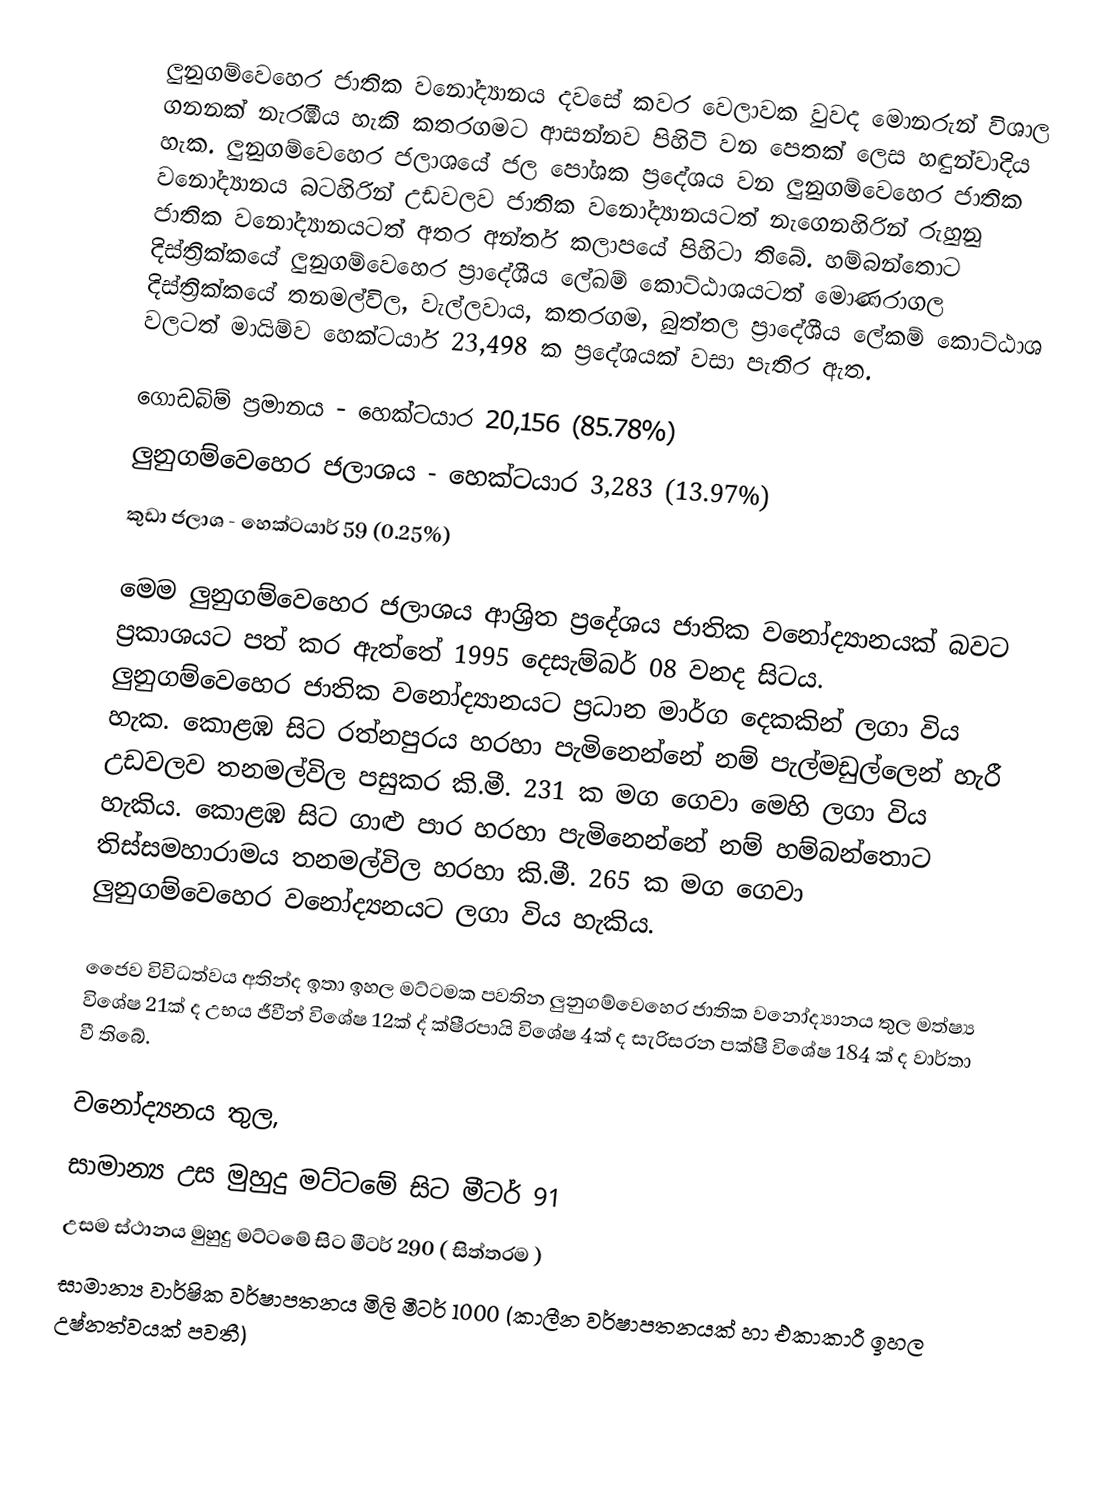
ලුනුගම්වෙහෙර ජාතික වනෝද්‍යානය දවසේ කවර වෙලාවක වුවද මොනරුන් විශාල ගනනක් නැරඹිය හැකි කතරගමට ආසන්නව පිහිටි වන පෙතක් ලෙස හඳුන්වාදිය හැක. ලුනුගම්වෙහෙර ජලාශයේ ජල පෝශක ප්‍රදේශය වන ලුනුගම්වෙහෙර ජාතික වනෝද්‍යානය බටහිරින් උඩවලව ජාතික වනෝද්‍යානයටත් නැගෙනහිරින් රුහුනු ජාතික වනෝද්‍යානයටත් අතර අන්තර් කලාපයේ පිහිටා තිබේ.  හම්බන්තොට දිස්ත්‍රික්කයේ ලුනුගම්වෙහෙර ප්‍රාදේශීය ලේඛම් කොට්ඨාශයටත් මොණරාගල දිස්ත්‍රික්කයේ තනමල්විල, වැල්ලවාය, කතරගම, බුත්තල ප්‍රාදේශීය ලේකම් කොට්ඨාශ වලටත් මායිම්ව හෙක්ටයාර් 23,498 ක ප්‍රදේශයක් වසා පැතිර ඇත.

ගොඩබිම් ප්‍රමානය - හෙක්ටයාර 20,156 (85.78%)
ලුනුගම්වෙහෙර ජලාශය - හෙක්ටයාර 3,283 (13.97%)
කුඩා ජලාශ - හෙක්ටයාර් 59 (0.25%)

මෙම ලුනුගම්වෙහෙර ජලාශය ආශ්‍රිත ප්‍රදේශය ජාතික වනෝද්‍යානයක් බවට ප්‍රකාශයට පත් කර ඇත්තේ 1995 දෙසැම්බර් 08 වනද සිටය. ලුනුගම්වෙහෙර ජාතික වනෝද්‍යානයට ප්‍රධාන මාර්ග දෙකකින් ලගා විය හැක. කොළඹ සිට රත්නපුරය හරහා පැමිනෙන්නේ නම් පැල්මඩුල්ලෙන් හැරී උඩවලව තනමල්විල පසුකර කි.මී. 231 ක මග ගෙවා මෙහි ලගා විය හැකිය. කොළඹ සිට ගාළු පාර හරහා පැමිනෙන්නේ නම් හම්බන්තොට තිස්සමහාරාමය තනමල්විල හරහා කි.මී. 265 ක මග ගෙවා ලුනුගම්වෙහෙර වනෝද්‍යනයට ලගා විය හැකිය.

ජෛව විවිධත්වය අතින්ද ඉතා ඉහල මට්ටමක පවතින ලුනුගම්වෙහෙර ජාතික වනෝද්‍යානය තුල මත්ෂ්‍ය විශේෂ 21ක් ද උභය ජීවීන් විශේෂ 12ක් ද් ක්ෂීරපායි විශේෂ 4ක් ද සැරිසරන පක්ෂී විශේෂ 184 ක් ද වාර්තා වී තිබේ.

වනෝද්‍යනය තුල,
සාමාන්‍ය උස මුහුදු මට්ටමේ සිට මීටර් 91
උසම ස්ථානය මුහුදු මට්ටමේ සිට මීටර් 290 ( සිත්තරම )
සාමාන්‍ය වාර්ෂික වර්ෂාපතනය මිලි මීටර් 1000 (කාලීන වර්ෂාපතනයක් හා එකාකාරී ඉහල උෂ්නත්වයක් පවතී)